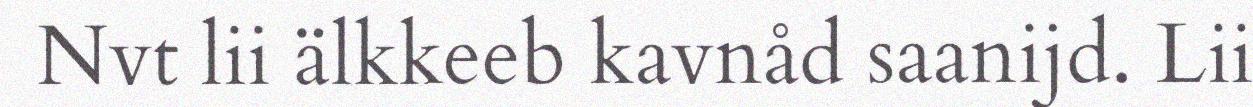
Nvt lii älkkeeb kavnåd saanijd. Lii